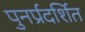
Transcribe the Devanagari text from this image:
पुनर्प्रदर्शित